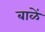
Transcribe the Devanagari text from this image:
बाळें